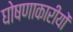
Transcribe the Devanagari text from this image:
घोषणाकारीयों